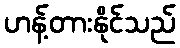
ဟန့်တားနိုင်သည်